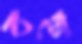
বহু